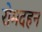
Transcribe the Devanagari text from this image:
रोमदहन